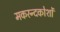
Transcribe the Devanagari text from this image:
मकरन्दकोशों